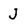
Character: J